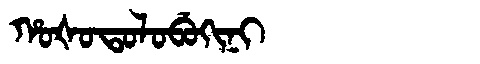
Manchu: ᡥᠣᡧᠣᡨᠣᠯᠣᠪᡠᡴᡳᠨᡳ
Romanization: HOŠOTOLOBUKINI